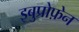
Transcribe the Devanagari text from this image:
इबुप्रोफ़ेन